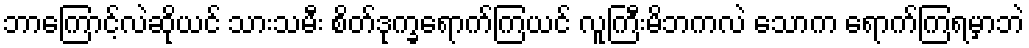
ဘာကြောင့်လဲဆိုယင် သားသမီး စိတ်ဒုက္ခရောက်ကြယင် လူကြီးမိဘကလဲ သောက ရောက်ကြရမှာဘဲ